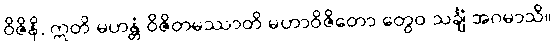
ဝိဇိနိ, ဣတိ မဟန္တံ ဝိဇိတမဿာတိ မဟာဝိဇိတော တွေဝ သင်္ချံ အဂမာသိ။